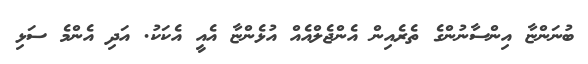
ބުނަންޏާ އިންސާނުންގެ ތެރެއިން އެންޖެލްއެއް އުޅެންޏާ އެއީ އެކަކު. އަދި އެންމެ ސަޅި